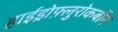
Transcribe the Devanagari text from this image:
हाईड्रोफ़्लुरोकर्बोन